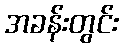
အခန်းတွင်း